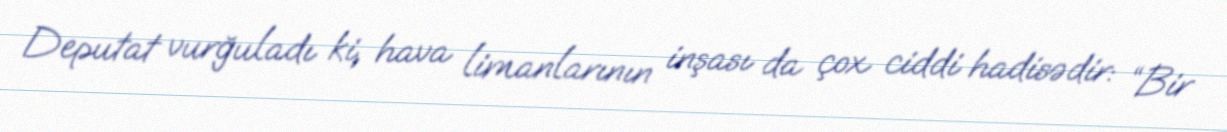
Deputat vurğuladı ki, hava limanlarının inşası da çox ciddi hadisədir: “Bir